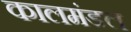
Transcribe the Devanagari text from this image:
कालमंडल